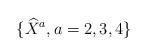
LaTeX: \begin{align*}\{\widehat{X}^a, a=2,3,4\}\end{align*}